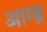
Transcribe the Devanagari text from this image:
आग्म्न